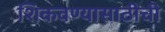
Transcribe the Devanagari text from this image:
शिकवण्यासाठीची